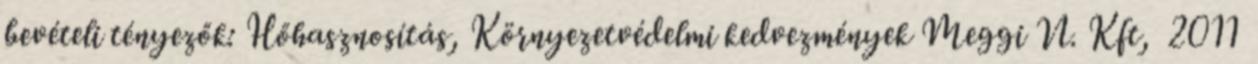
bevételi tényezők: Hőhasznosítás, Környezetvédelmi kedvezmények Meggi N. Kft, 2011